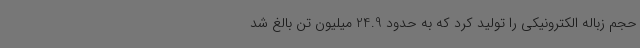
حجم زباله الکترونیکی را تولید کرد که به حدود 24.9 میلیون تن بالغ شد